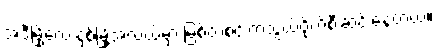
အဲဒီမြို့လေးနှစ်မြို့အလယ်မှာ မြစ်တစင်းကသွယ်ဝိုက်စီးဆင်းနေတယ်။